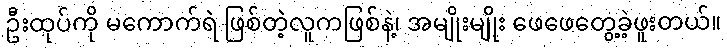
ဦးထုပ်ကို မကောက်ရဲ ဖြစ်တဲ့လူကဖြစ်နဲ့၊ အမျိုးမျိုး ဖေဖေတွေ့ခဲ့ဖူးတယ်။